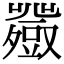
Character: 𧰍